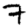
Digit: 7